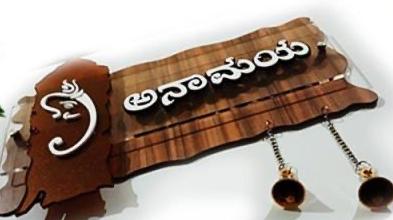
Language: kannada
Transcription: ಅನಾಮಯ